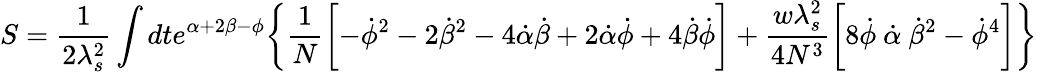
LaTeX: S=\frac{1}{2\lambda_{s}^{2}}\int dte^{\alpha+2\beta-\phi}\biggl\{ \frac{1}{N}\biggl[-\dot{\phi}^{2}-2\dot{\beta}^{2}-4\dot{\alpha}\dot{\beta}+2\dot{\alpha}\dot{\phi}+4\dot{\beta}\dot{\phi}\biggr]+\frac{w\lambda_{s}^{2}}{4N^{3}}\biggl[8\dot{\phi}~\dot{\alpha}~\dot{\beta}^{2}-\dot{\phi}^{4}\biggr]\biggr\}